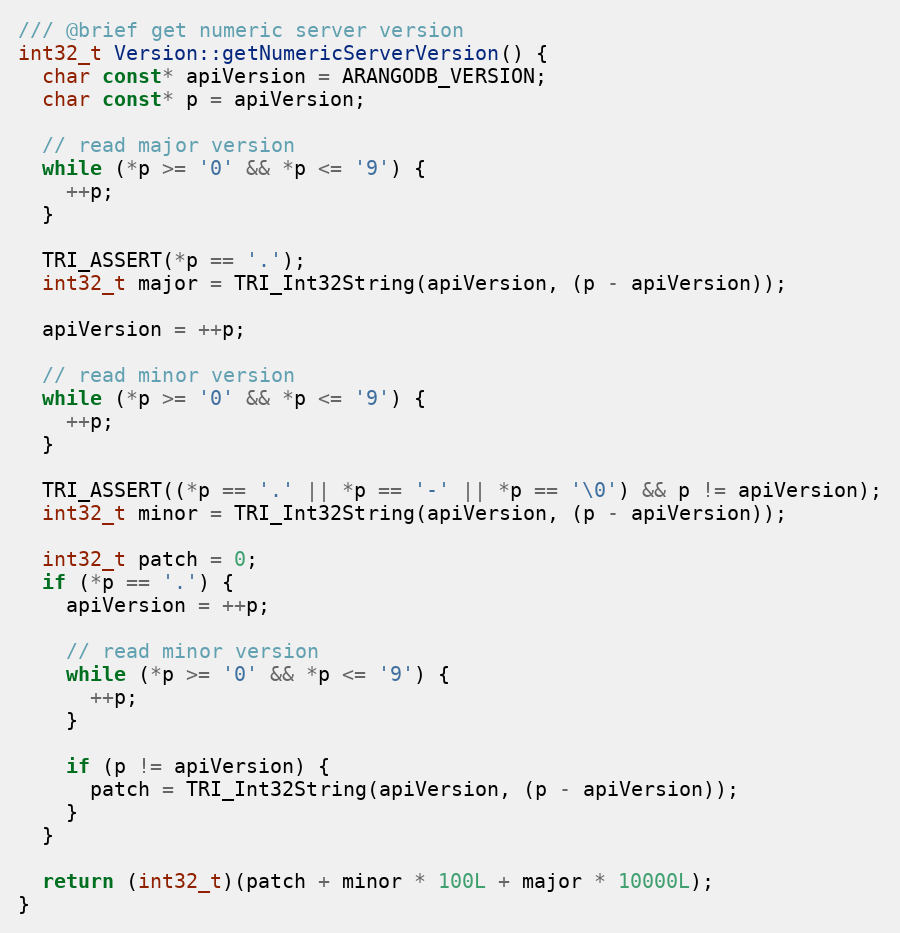
Language: C++
/// @brief get numeric server version
int32_t Version::getNumericServerVersion() {
  char const* apiVersion = ARANGODB_VERSION;
  char const* p = apiVersion;

  // read major version
  while (*p >= '0' && *p <= '9') {
    ++p;
  }

  TRI_ASSERT(*p == '.');
  int32_t major = TRI_Int32String(apiVersion, (p - apiVersion));

  apiVersion = ++p;

  // read minor version
  while (*p >= '0' && *p <= '9') {
    ++p;
  }

  TRI_ASSERT((*p == '.' || *p == '-' || *p == '\0') && p != apiVersion);
  int32_t minor = TRI_Int32String(apiVersion, (p - apiVersion));

  int32_t patch = 0;
  if (*p == '.') {
    apiVersion = ++p;

    // read minor version
    while (*p >= '0' && *p <= '9') {
      ++p;
    }

    if (p != apiVersion) {
      patch = TRI_Int32String(apiVersion, (p - apiVersion));
    }
  }

  return (int32_t)(patch + minor * 100L + major * 10000L);
}